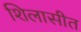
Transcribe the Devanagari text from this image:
शिलासीत